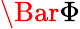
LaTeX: \Bar{\Phi}